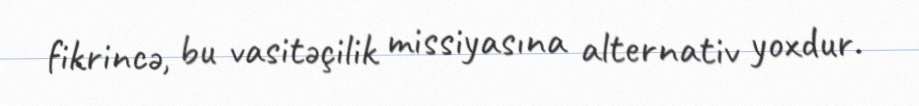
fikrincə, bu vasitəçilik missiyasına alternativ yoxdur.